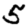
Digit: 5